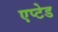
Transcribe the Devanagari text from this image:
एप्टेड